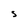
Character: s